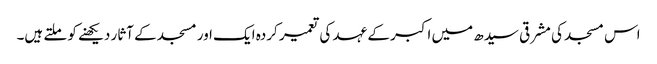
اس مسجد کی مشرقی سیدھ میں اکبر کے عہد کی تعمیر کردہ ایک اور مسجد کے آثار دیکھنے کو ملتے ہیں۔